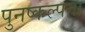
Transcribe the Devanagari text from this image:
पुनष्कल्पना